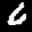
Label: 6